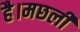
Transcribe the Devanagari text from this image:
है।मछली